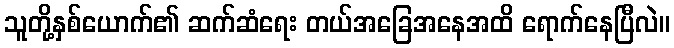
သူတို့နှစ်ယောက်၏ ဆက်ဆံရေး တယ်အခြေအနေအထိ ရောက်နေပြီလဲ။